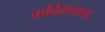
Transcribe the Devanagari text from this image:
कविमनाचा